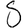
Digit: 5